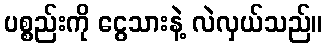
ပစ္စည်းကို ငွေသားနဲ့ လဲလှယ်သည်။